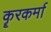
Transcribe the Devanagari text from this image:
कॄरकर्मा